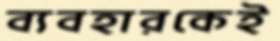
ব্যবহারকেই